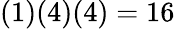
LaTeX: (1)(4)(4)=16